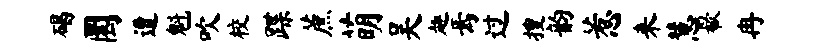
碣圜遭魁吹校蹀蔗萌吴趣焉过搜韵惹来慧欷冉